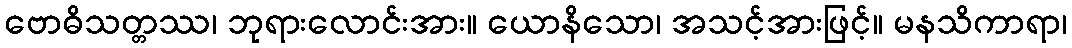
ဗောဓိသတ္တဿ၊ ဘုရားလောင်းအား။ ယောနိသော၊ အသင့်အားဖြင့်။ မနသိကာရာ၊